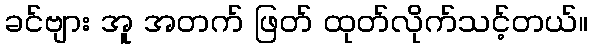
ခင်ဗျား အူ အတက် ဖြတ် ထုတ်လိုက်သင့်တယ်။